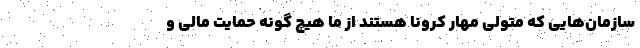
سازمان‌هایی که متولی مهار کرونا هستند از ما هیچ گونه حمایت مالی و